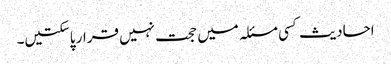
احادیث کسی مسئلہ میں حجت نہیں قرار پاسکتیں۔